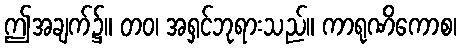
ဤအချက်၌။ တဝ၊ အရှင်ဘုရားသည်။ ကာရုဏိကောစ၊